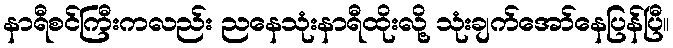
နာရီစင်ကြီးကလည်း ညနေသုံးနာရီထိုးလို့ သုံးချက်အော်နေပြန်ပြီ။